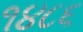
૧૪૮૬